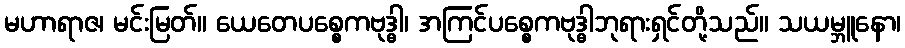
မဟာရာဇ၊ မင်းမြတ်။ ယေတေပစ္စေကဗုဒ္ဓါ၊ အကြင်ပစ္စေကဗုဒ္ဓါဘုရားရှင်တို့သည်။ သယမ္ဘူနော၊